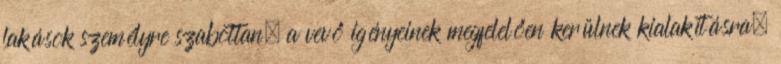
lakások személyre szabottan, a vevő igényeinek megfelelően kerülnek kialakításra.